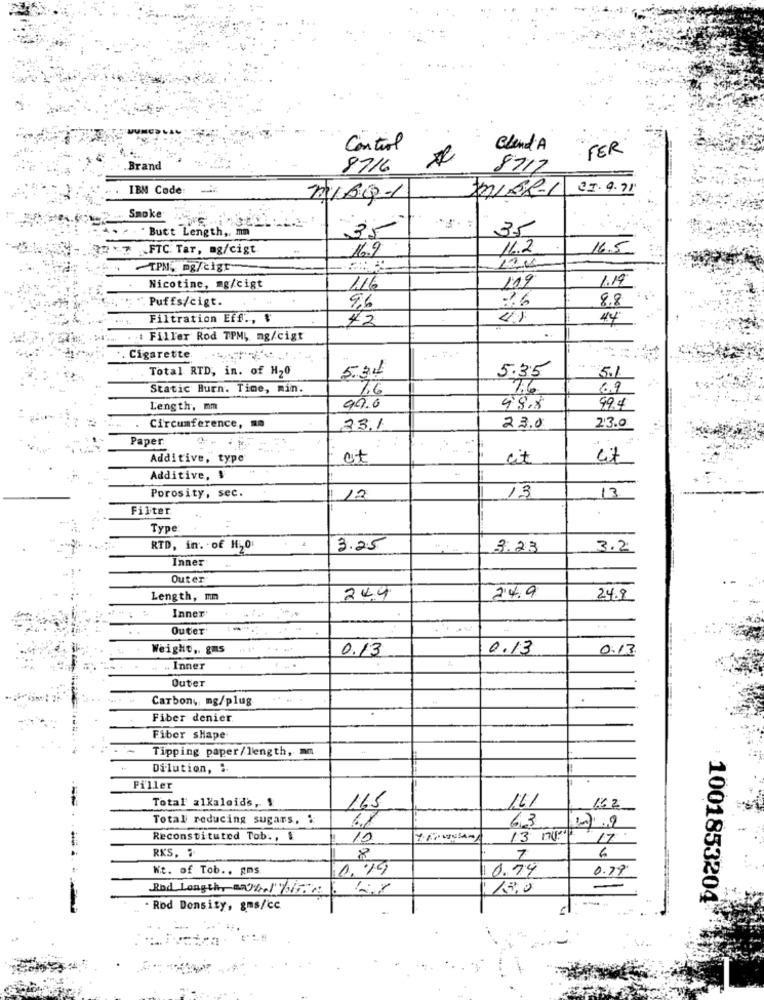
Control
Blend A
- FER
Brand
8716
8712
IBM Code:
23.9.71
Smoke
' Butt Length ,. m
35
3.5
FTC. Tar, ag/cigt.
16.9
11.2
16.5
TPM, mg/cigt
Nicotine, mg/cigt
116
119
1.19
"" Puffs/cigt.
26
9,6
8.8
Filtration Eff ., "
42
4.5
44
. t Filler Rod TPM, mg/cigt
. Cigarette.
Total RTD, in. of H20
531
5.35
5.1
Static Burn. Time, min.
7.6
7.6
69
Length, mm
99.0
98.8
99.4
Circumference, .
231
23.0
23.0
Paper
-... -
Additive, type
et
cit
Additive, $
Porosity, sec.
12
13
13
Filter
Type:
RTD, in. . of Hi,0
3.25
3.23
3.2
Inner'
Outer
24.9
Length, mm
249
24.9
Inner'
Outer
:-....-
Weight ,. gms
0.13
0.13
0.13
.. Inner
...
Outer
Carbon4 mg/plug
Fiber denier
Fiber shape
Tipping paper/length, mm
Dilution, '
Piller
Total alkaloid's,
1.41
165
162
Total reducing sugars. :
63
Reconstituted Tob ., $
10
13 nur
7
RKS.
6
Nt. of Tob ., gms.
1.19
10.74
0.79
Rod Length, BLIVNA
1.3.0
1001853204
Rod Density, gms/cc